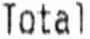
TOTAL